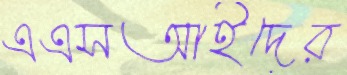
এএসআইদের